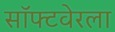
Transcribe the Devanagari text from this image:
सॉफ्टवेरला